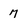
Character: 7